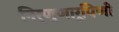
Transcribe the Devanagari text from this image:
निर्णुणारूपिणी